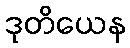
ဒုတိယေန